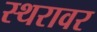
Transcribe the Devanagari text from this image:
स्थरावर